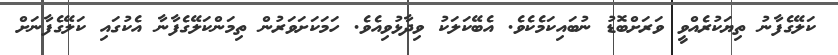
ކަލޭގެފާނު ތިޔަކުރެއްވީ ވަރަށްބޮޑު ނުބައިކަމެކެވެ. އެބޭކަލަކު ވިދާޅުވިއެވެ. ހަމަކަށަވަރުން ތިމަންކަލޭގެފާނާ އެކުގައި ކަލޭގެފާނަށް